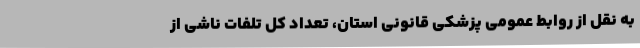
به نقل از روابط عمومی پزشکی قانونی استان، تعداد کل تلفات ناشی از